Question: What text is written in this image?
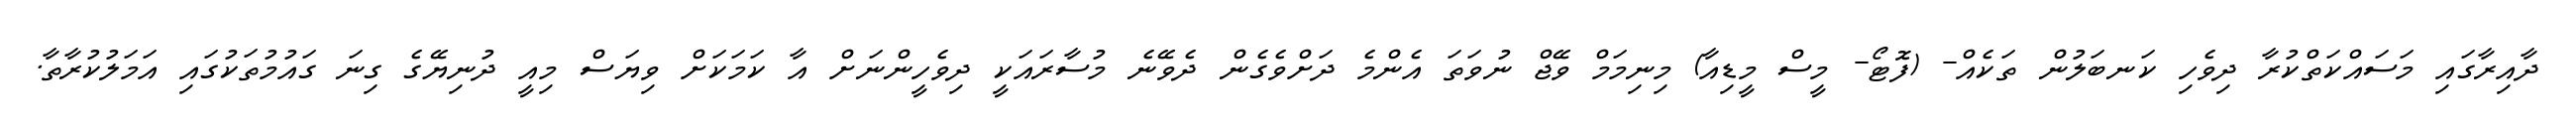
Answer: ދާއިރާގައި މަސައްކަތްކުރާ ދިވެހި ކަނބަލުން ތަކެއް- (ފޮޓޯ- މީސް މީޑިއާ) މިނިމަމް ވޭޖް ނުވަތަ އެންމެ ދަށްވެގެން ދެވޭނެ މުސާރައަކީ ދިވެހީންނަށް އާ ކަމަކަށް ވިޔަސް މިއީ ދުނިޔޭގެ ގިނަ ގައުމުތަކުގައި އަމަލުކުރާތާ.